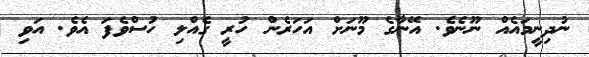
ނުދިނީމައެއް ނޫނެވެ. އޭނާގެ މޫނަށް އަހަރެން ހުރީ ގެއްލި ހުސްވެފަ އެވެ. އަވި